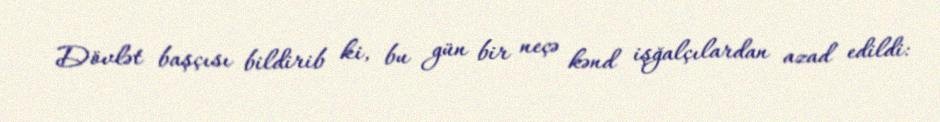
Dövlət başçısı bildirib ki, bu gün bir neçə kənd işğalçılardan azad edildi: